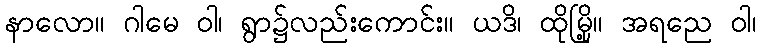
နာလော။ ဂါမေ ဝါ၊ ရွာ၌လည်းကောင်း။ ယဒိ၊ ထိုမြို့။ အရညေ ဝါ၊